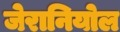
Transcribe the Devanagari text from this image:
जेरानियोल